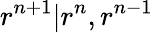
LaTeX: r^{n+1}|r^{n},r^{n-1}